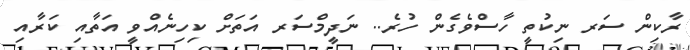
ރާކިން ސަރ ނިކުތީ ހާސްވެގެން ހުރެ.. ނަދީމްސަރ އަތަށް ކިހިނެއްވީ އަތާއި ކަރާއި